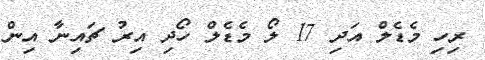
ރިހި މެޑެލް އަދި 17 ލޯ މެޑެލް ހޯދި އިރު ޗައިނާ އިން